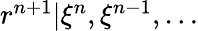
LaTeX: \begin{array}{r}{r^{n+1}|\xi^{n},\xi^{n-1},\dots}\end{array}